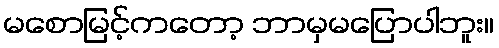
မစောမြင့်ကတော့ ဘာမှမပြောပါဘူး။